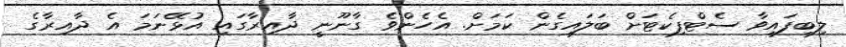
ލިބިފައިވާ ސެޓްފިކެޓަށް ބަލައިގެން ކަމަށް. އެހެންވެ ގާނޫނީ ދާއިރާގައި އުޅޭނަމަ އެ ދާއިރާގެ